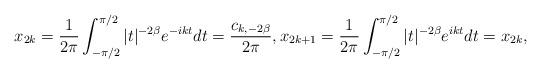
\begin{align*}x_{2k}=\frac{1}{2\pi}\int_{-\pi/2}^{\pi/2}|t|^{-2\beta}e^{-ik t} dt=\frac{c_{k,-2\beta}}{2\pi}, x_{2k+1}=\frac{1}{2\pi}\int_{-\pi/2}^{\pi/2}|t|^{-2\beta}e^{ik t}dt=x_{2k},\end{align*}